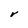
Character: r